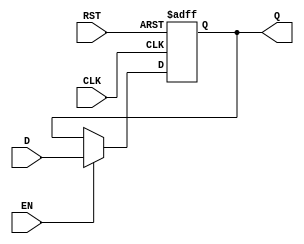
module stage_register #(parameter DATA_WIDTH = 8) (
    input  wire [DATA_WIDTH-1:0] D,    // Data Input
    input  wire CLK,                   // Clock Input
    input  wire RST,                   // Reset Input
    input  wire EN,                    // Enable Input
    output reg  [DATA_WIDTH-1:0] Q     // Data Output
);

// Always block for sequential logic
always @(posedge CLK or posedge RST) begin
    if (RST) begin
        Q <= {DATA_WIDTH{1'b0}}; // Asynchronous reset to zero
    end else if (EN) begin
        Q <= D; // Capture data on enable
    end
    // If EN is not asserted, Q retains its previous value
end

endmodule